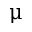
\upmu